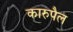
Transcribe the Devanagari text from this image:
कारुपैल